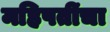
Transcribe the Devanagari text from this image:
महिपतींचा